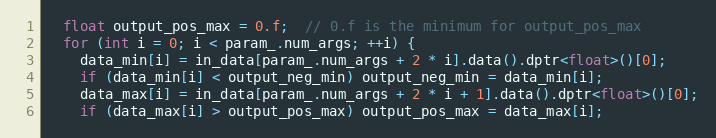
Language: C++
  float output_pos_max = 0.f;  // 0.f is the minimum for output_pos_max
  for (int i = 0; i < param_.num_args; ++i) {
    data_min[i] = in_data[param_.num_args + 2 * i].data().dptr<float>()[0];
    if (data_min[i] < output_neg_min) output_neg_min = data_min[i];
    data_max[i] = in_data[param_.num_args + 2 * i + 1].data().dptr<float>()[0];
    if (data_max[i] > output_pos_max) output_pos_max = data_max[i];